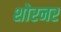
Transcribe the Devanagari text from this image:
शोरनर